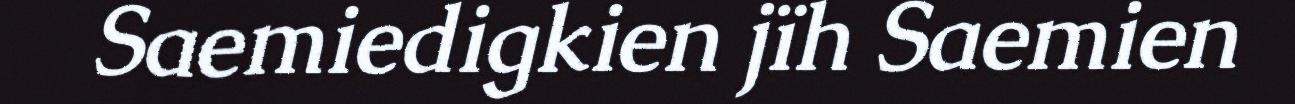
Saemiedigkien jïh Saemien